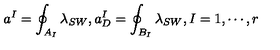
a ^ { I } = \oint _ { A _ { I } } \lambda _ { S W } , a _ { D } ^ { I } = \oint _ { B _ { I } } \lambda _ { S W } , I = 1 , \cdots , r